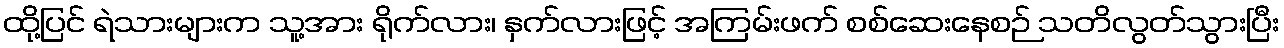
ထို့ပြင် ရဲသားများက သူ့အား ရိုက်လား၊ နှက်လားဖြင့် အကြမ်းဖက် စစ်ဆေးနေစဉ် သတိလွတ်သွားပြီး